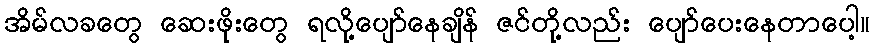
အိမ်လခတွေ ဆေးဖိုးတွေ ရလို့ပျော်နေချိန် ဇင်တို့လည်း ပျော်ပေးနေတာပေါ့။